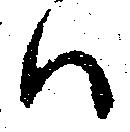
ハ